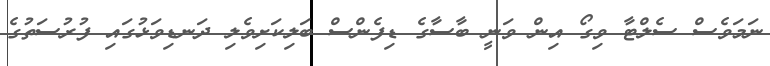
ނަމަވެސް ސެލްޓާ ވިގޯ އިން ވަނީ ބާސާގެ ޑިފެންސް ބަލިކަށިވެލި ދަނޑިވަޅުގައި ފުރުސަތުގެ